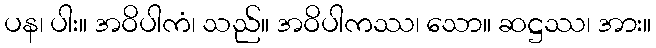
ပန၊ ပါး။ အဝိပါကံ၊ သည်။ အဝိပါကဿ၊ သော။ ဆဋ္ဌဿ၊ အား။